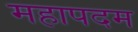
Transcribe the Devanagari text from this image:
महापदम